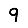
Digit: 9